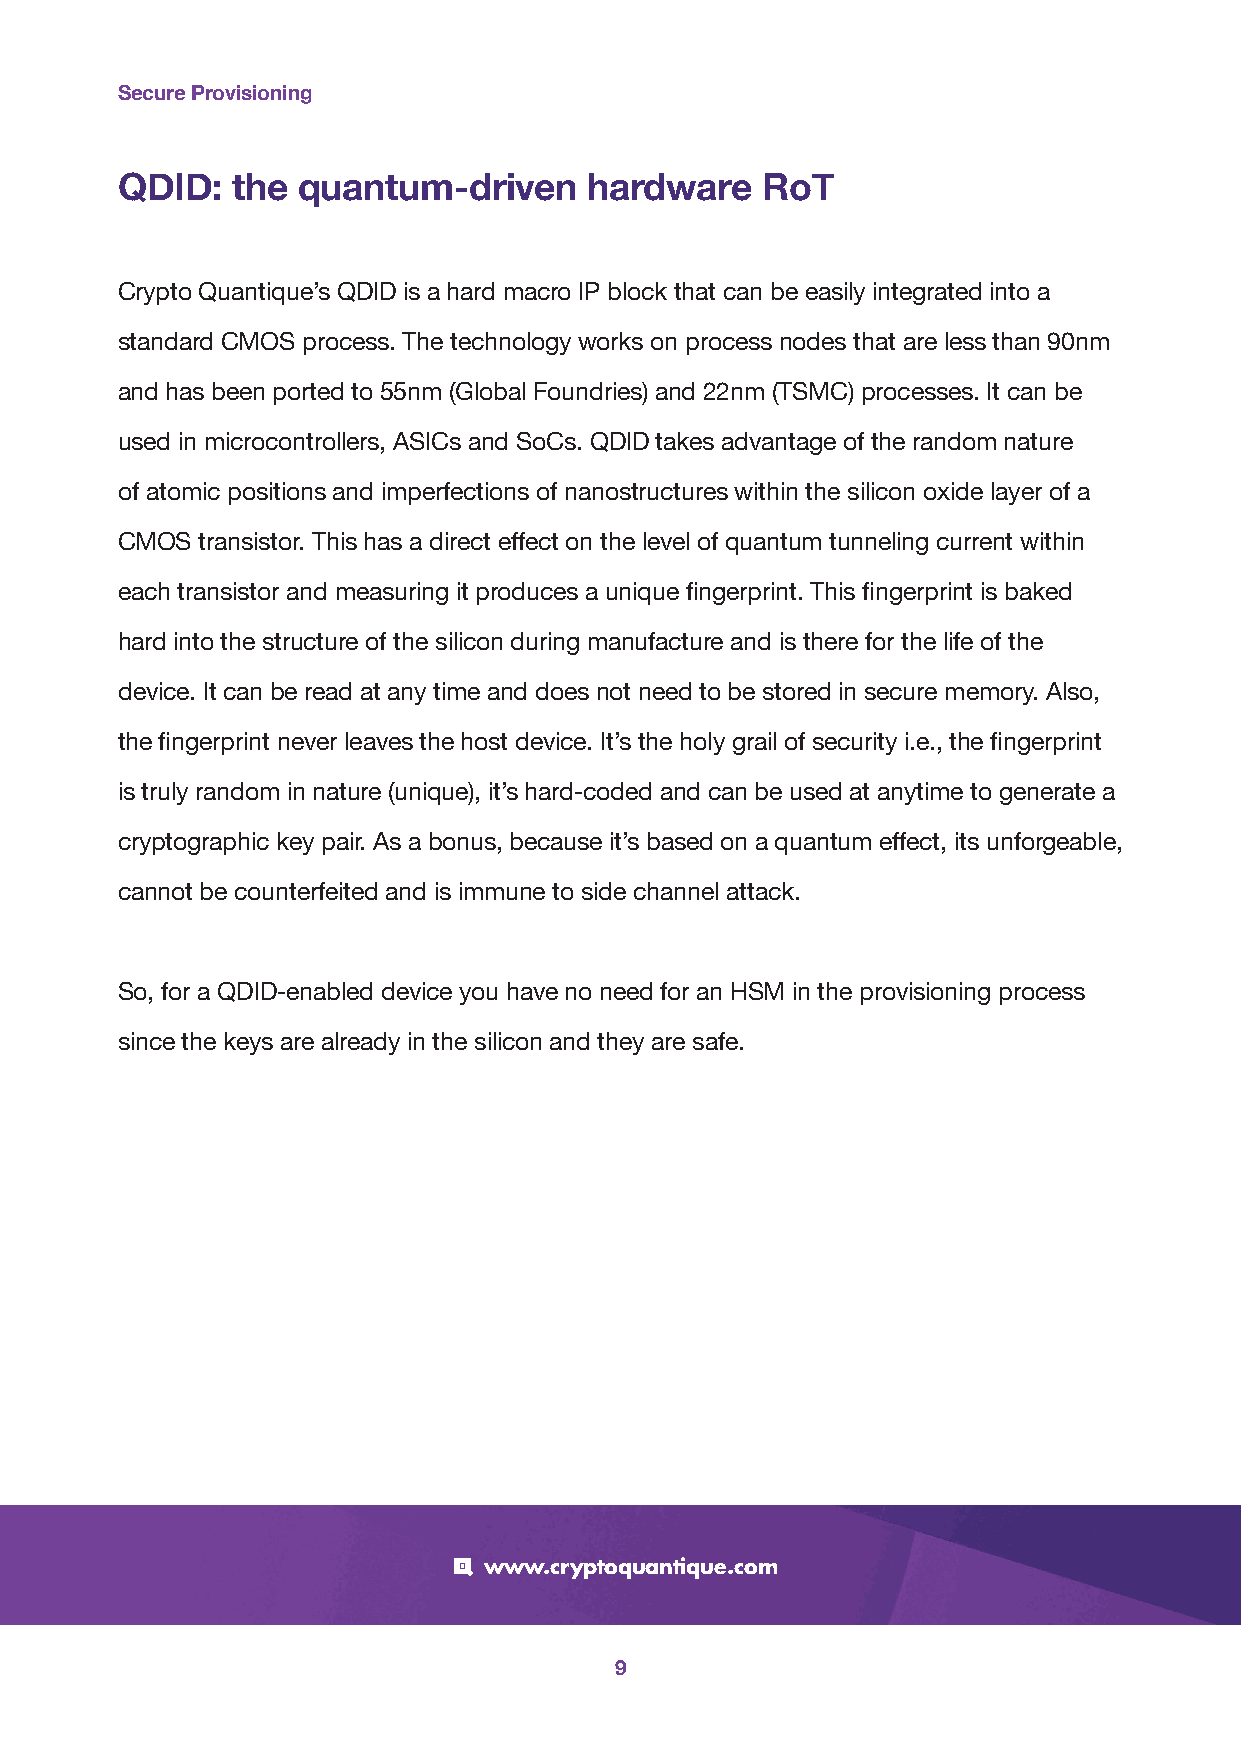
Secure Provisioning
 QDID:  the  quantum-driven     hardware   RoT
 Crypto Quantique’s QDID is a hard macro IP block that can be easily integrated into a
 standard CMOS process. The technology works on process nodes that are less than 90nm
 and has been ported to 55nm (Global Foundries) and 22nm (TSMC) processes. It can be
 used in microcontrollers, ASICs and SoCs. QDID takes advantage of the random nature
 of atomic positions and imperfections of nanostructures within the silicon oxide layer of a
 CMOS transistor. This has a direct effect on the level of quantum tunneling current within
 each transistor and measuring it produces a unique fingerprint. This fingerprint is baked
 hard into the structure of the silicon during manufacture and is there for the life of the
 device. It can be read at any time and does not need to be stored in secure memory. Also,
 the fingerprint never leaves the host device. It’s the holy grail of security i.e., the fingerprint
 is truly random in nature (unique), it’s hard-coded and can be used at anytime to generate a
 cryptographic key pair. As a bonus, because it’s based on a quantum effect, its unforgeable,
 cannot be counterfeited and is immune to side channel attack.
 So, for a QDID-enabled device you have no need for an HSM in the provisioning process
 since the keys are already in the silicon and they are safe.
 www.cryptoquantique.com
 9